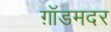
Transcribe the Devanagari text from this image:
ग़ॉडमदर